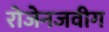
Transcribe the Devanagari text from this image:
रोजेनजवीग